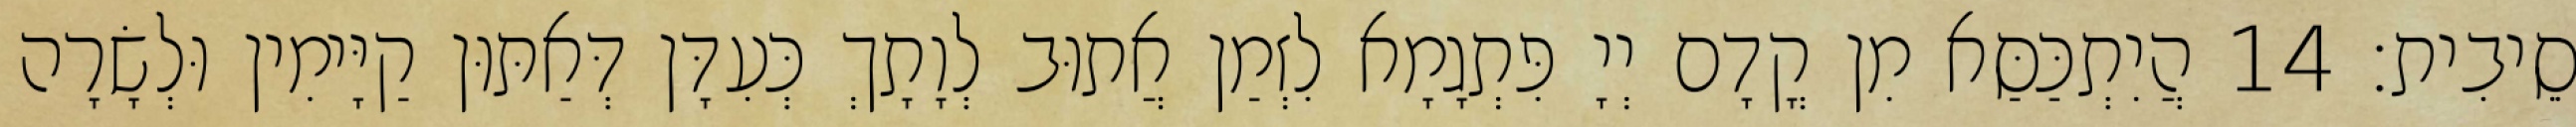
סֵיבִית׃ 14 הֲיִתְכַּסַּא מִן קֳדָם יְיָ פִּתְגָמָא לִזְמַן אֲתוּב לְוָתָךְ כְּעִדָּן דְּאַתּוּן קַיָּימִין וּלְשָׂרָה